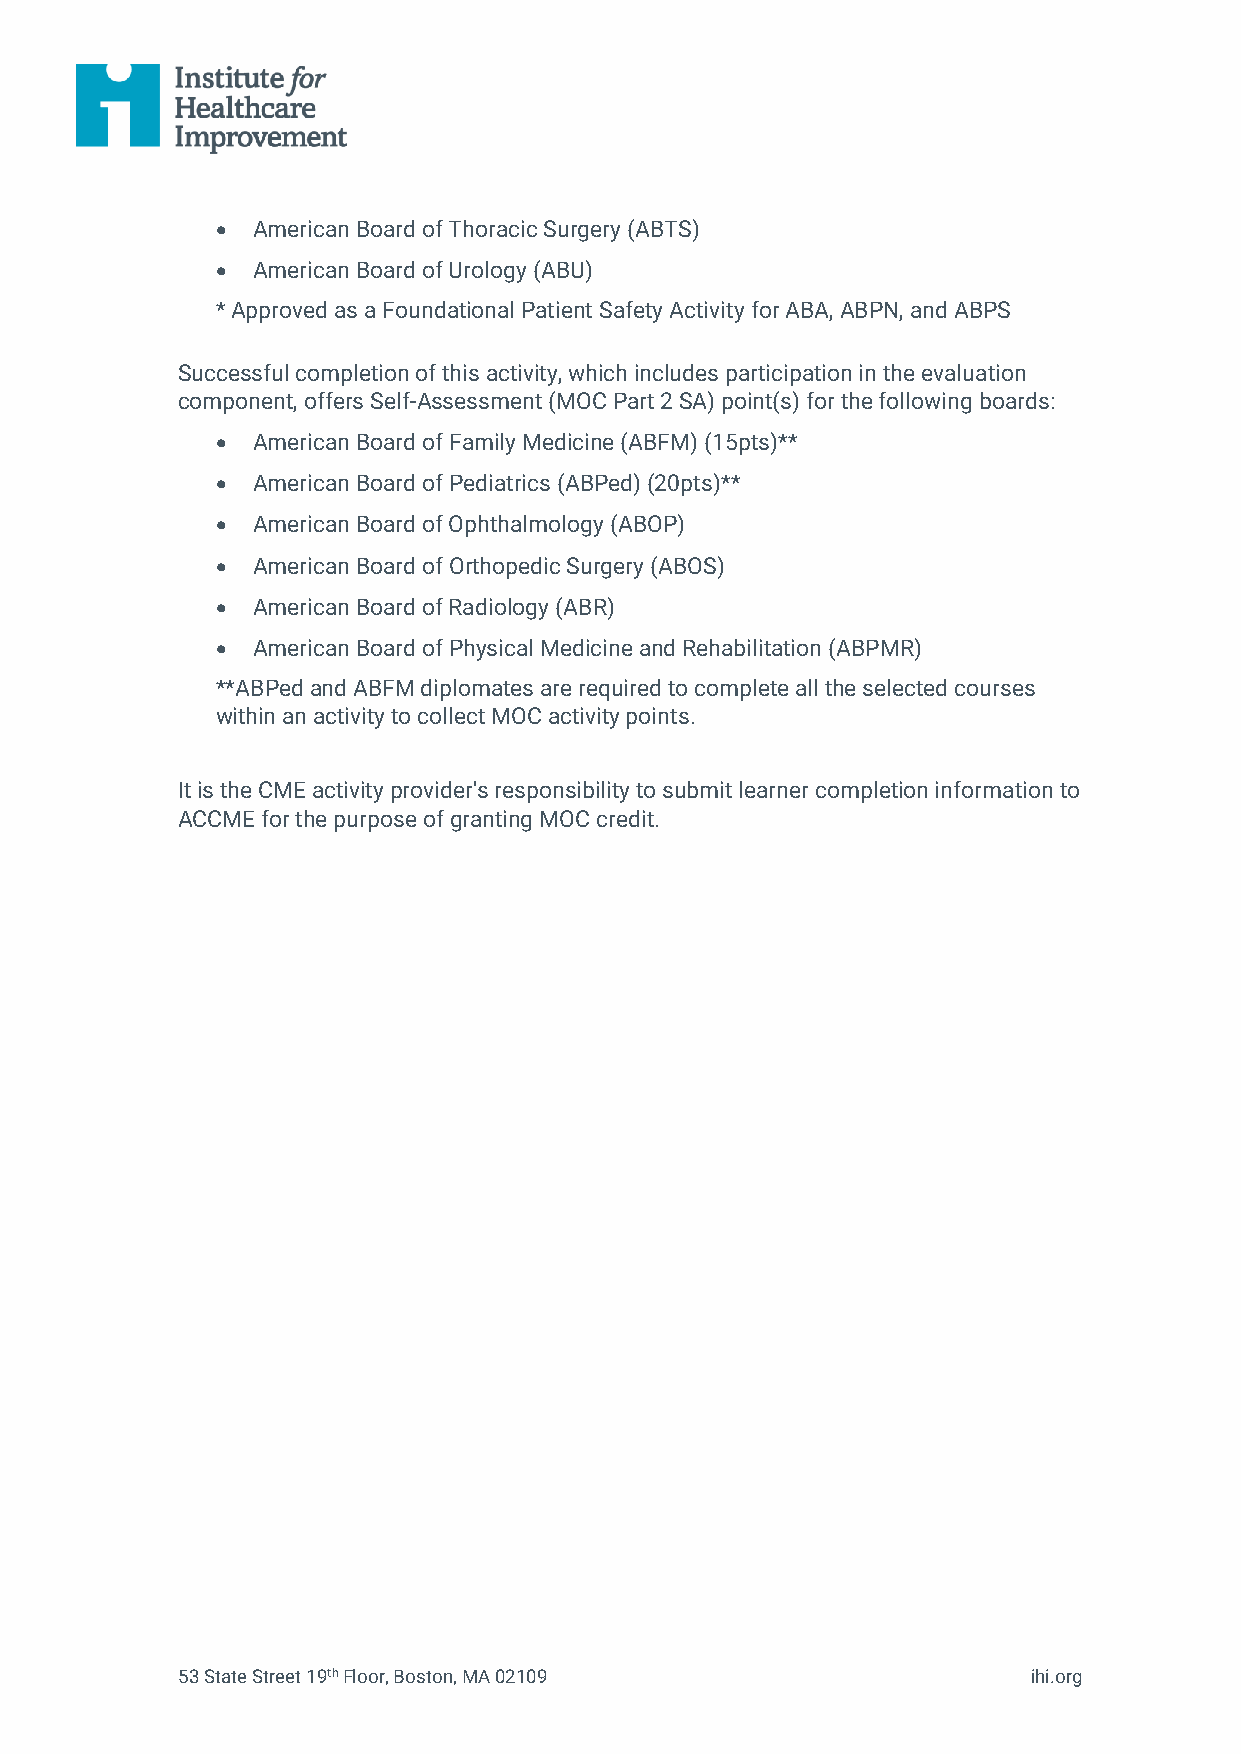
•  American Board of Thoracic Surgery (ABTS)
 •  American Board of Urology (ABU)
 * Approved as a Foundational Patient Safety Activity for ABA, ABPN, and ABPS
 Successful completion of this activity, which includes participation in the evaluation
 component, offers Self-Assessment (MOC Part 2 SA) point(s) for the following boards:
 •  American Board of Family Medicine (ABFM) (15pts)**
 •  American Board of Pediatrics (ABPed) (20pts)**
 •  American Board of Ophthalmology (ABOP)
 •  American Board of Orthopedic Surgery (ABOS)
 •  American Board of Radiology (ABR)
 •  American Board of Physical Medicine and Rehabilitation (ABPMR)
 **ABPed and ABFM diplomates are required to complete all the selected courses
 within an activity to collect MOC activity points.
 It is the CME activity provider's responsibility to submit learner completion information to
 ACCME for the purpose of granting MOC credit.
 53 State Street 19th Floor, Boston, MA 02109            ihi.org